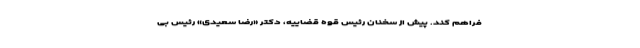
فراهم کند. پیش از سخنان رئیس قوه قضاییه، دکتر «رضا سعیدی» رئیس بی